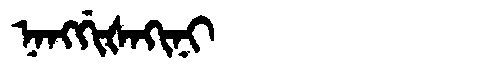
Manchu: ᠨᠠᠩᡤᡳᡧᠠᡴᡳᠨᡳ
Romanization: NANGGIŠAKINI